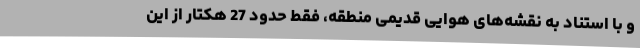
و با استناد به نقشه‌های هوایی قدیمی منطقه، فقط حدود 27 هکتار از این